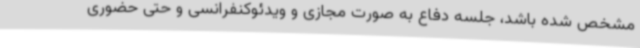
مشخص شده باشد، جلسه دفاع به صورت مجازی و ویدئوکنفرانسی و حتی حضوری